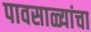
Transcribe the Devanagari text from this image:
पावसाळ्यांचा